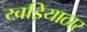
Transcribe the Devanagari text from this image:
खड़ियाठार